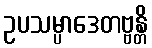
ဥပသမ္ပာဒေတဗ္ဗန္တိ